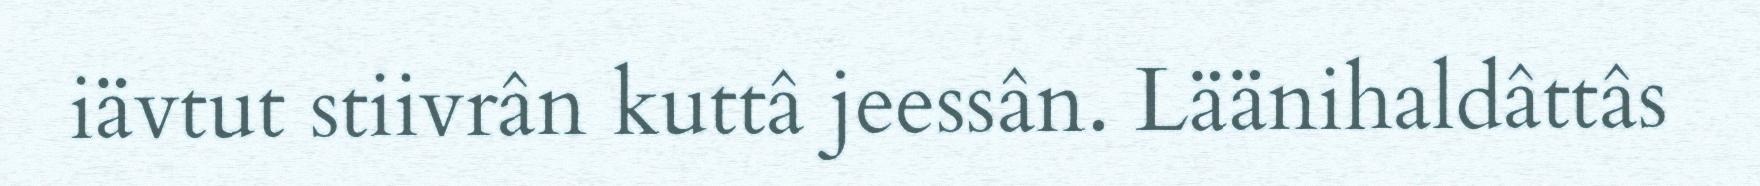
iävtut stiivrân kuttâ jeessân. Läänihaldâttâs